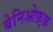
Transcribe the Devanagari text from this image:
बेनिओफ़्फ़